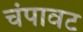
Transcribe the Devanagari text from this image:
चंपावट